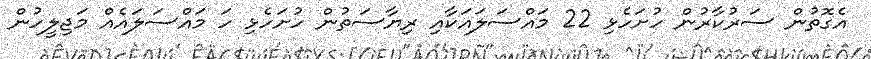
އެގޮތުން ސަރުކާރުން ހުށަހެޅި 22 މައްސަލައަކާއި ރިޔާސަތުން ހުށަހެޅި ހަ މައްސަލައެއް މަޖިލީހުން